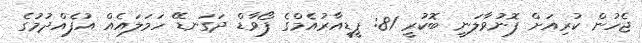
ޖެހުން ކުރިއަށް ފޮނުވާލަނީ ބޮކުރީ 81: ޕީޑީއާރުއެމްގެ ފޯވާޑް ދަގަނޑޭ ހަމަލައެއް އުފެއްދުމުގެ